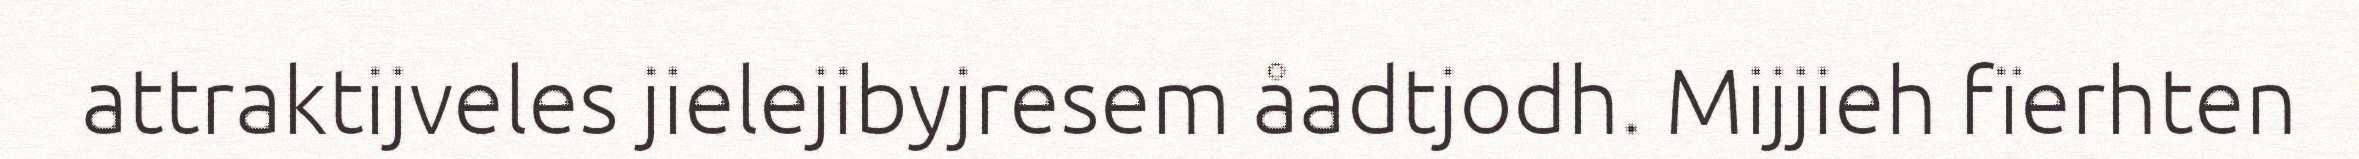
attraktijveles jielejibyjresem åadtjodh. Mijjieh fïerhten